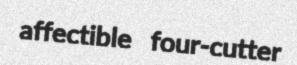
affectible four-cutter